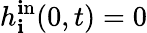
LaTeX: h_{\mathbf{i}}^{\mathrm{{\mathbf{i}n}}}(0,t)=0